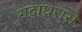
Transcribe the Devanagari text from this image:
गदाधरास